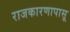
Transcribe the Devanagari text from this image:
राजकारणापासू